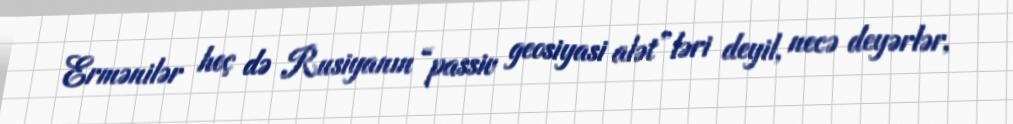
Ermənilər heç də Rusiyanın “passiv geosiyasi alət”ləri deyil, necə deyərlər,